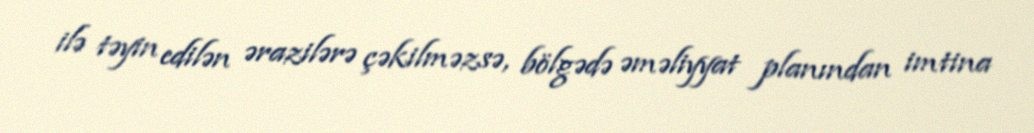
ilə təyin edilən ərazilərə çəkilməzsə, bölgədə əməliyyat planından imtina